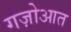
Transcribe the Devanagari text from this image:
गज़ोआत